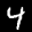
Label: 4